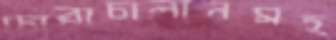
চোরাচালানসহ